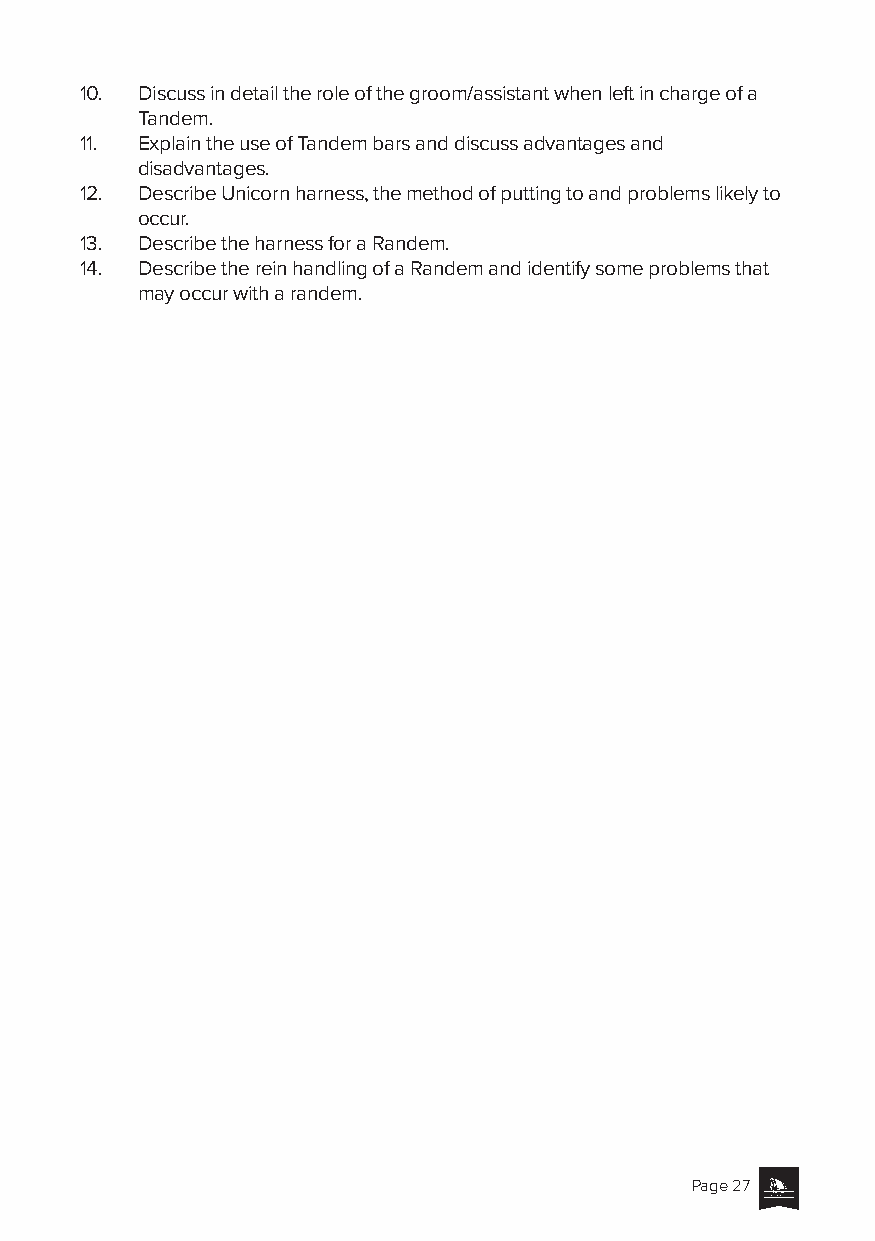
10. Discuss in detail the role of the groom/assistant when left in charge of a
 Tandem.
 11. Explain the use of Tandem bars and discuss advantages and
 disadvantages.
 12. Describe Unicorn harness, the method of putting to and problems likely to
 occur.
 13. Describe the harness for a Randem.
 14. Describe the rein handling of a Randem and identify some problems that
 may occur with a randem.
 Page 27